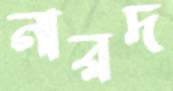
নারদ